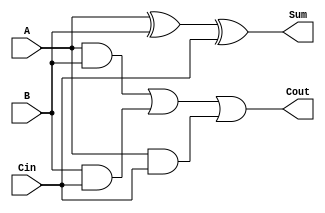
module full_adder (
    input wire A,    // First input bit
    input wire B,    // Second input bit
    input wire Cin,  // Carry-in bit
    output wire Sum, // Sum output
    output wire Cout // Carry-out output
);

    // Logic for Sum: Sum = A XOR B XOR Cin
    wire temp_sum1; // Intermediate sum
    wire temp_sum2; // Intermediate sum

    assign temp_sum1 = A ^ B;       // First XOR
    assign Sum = temp_sum1 ^ Cin;   // Second XOR for final Sum

    // Logic for Cout: Cout = (A AND B) OR (B AND Cin) OR (A AND Cin)
    wire and1, and2, and3; // Intermediate AND results
    
    assign and1 = A & B;          // A AND B
    assign and2 = B & Cin;        // B AND Cin
    assign and3 = A & Cin;        // A AND Cin
    assign Cout = and1 | and2 | and3; // Final Cout using OR

endmodule